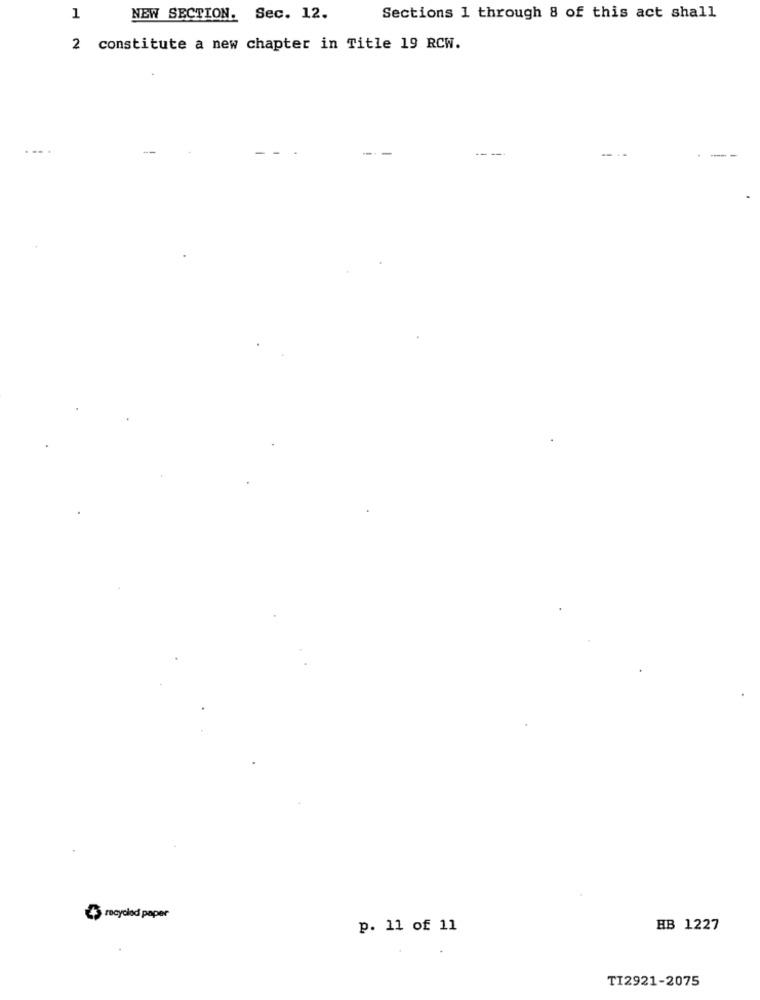
1
NEW SECTION. Sec. 12.
Sections 1 through 8 of this act shall
2 constitute a new chapter in Title 19 RCW.
.--.
---
" recycled paper
p. 11 of 11
HB 1227
TI2921-2075